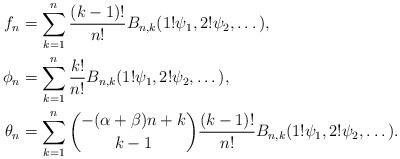
LaTeX: \begin{align*} f_n &= \sum_{k=1}^{n}\frac{(k-1)!}{n!}B_{n,k}(1!\psi_1,2!\psi_2,\dots), \\ \phi_n &= \sum_{k=1}^{n}\frac{k!}{n!}B_{n,k}(1!\psi_1,2!\psi_2,\dots), \\ \theta_n &= \sum_{k=1}^{n} \binom{-(\alpha+\beta)n+k}{k-1} \frac{(k-1)!}{n!}B_{n,k}(1!\psi_1,2!\psi_2,\dots).\end{align*}